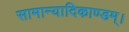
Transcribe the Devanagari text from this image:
सामान्यादिकाण्डम्।